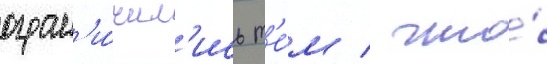
огран'и́чил'ись т'е́м / что́